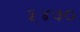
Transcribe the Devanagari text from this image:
५४७०